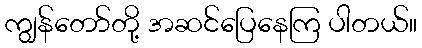
ကျွန်တော်တို့ အဆင်ပြေနေကြ ပါတယ်။